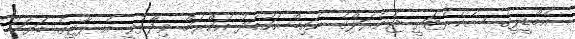
އެމްޑީޕީގެ ސެކެރެޓަރީ ޖެނެރަލްގެ ނައިބް އަހުމަދު އަކްރަމް ވިދާޅުވީ އެ ޕާޓީގެ ބަޔަކު